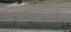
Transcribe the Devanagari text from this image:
प्रोटोटीपिकल